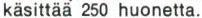
käsittää 250 huonetta.